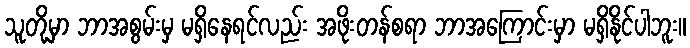
သူတို့မှာ ဘာအစွမ်းမှ မရှိနေရင်လည်း အဖိုးတန်စရာ ဘာအကြောင်းမှာ မရှိနိုင်ပါဘူး။